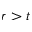
r > t